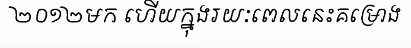
២០១២មក ហើយក្នុងរយៈពេលនេះគម្រោង